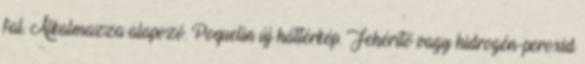
fal. Alkalmazza alapozó. Poquelin új háttérkép. Fehérítő vagy hidrogén-peroxid